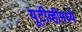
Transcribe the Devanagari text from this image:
यूटीव्हीमध्ये